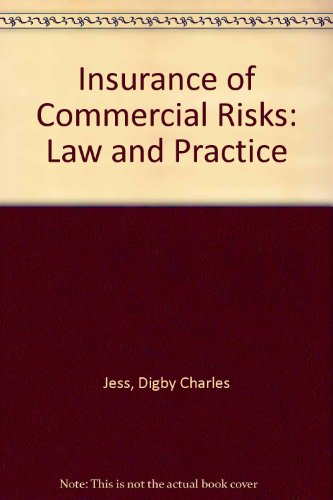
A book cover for Insurance of Commercial Risks: Law and Practice; Digby Charles Jess; Law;